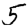
Digit: 5